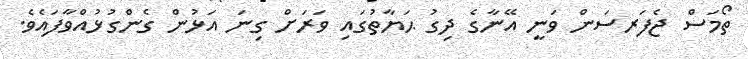
ތޯމަސް ޖެފަރސަން ވަނީ އޭނާގެ ދިގު ޙަޔާތުގައި ވަރަށް ގިނަ އަޅުން ގެންގުޅުއްވާފައެވެ.